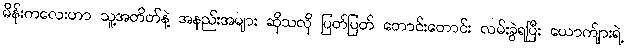
မိန်းကလေးဟာ သူ့အတိတ်နဲ့ အနည်းအများ ဆိုသလို ပြတ်ပြတ် တောင်းတောင်း လမ်းခွဲရပြီး ယောက်ျားရဲ့